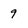
Character: 9